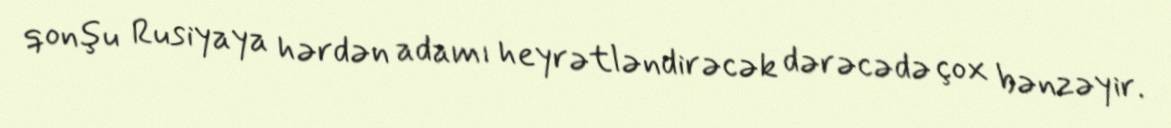
qonşu Rusiyaya hərdən adamı heyrətləndirəcək dərəcədə çox bənzəyir.